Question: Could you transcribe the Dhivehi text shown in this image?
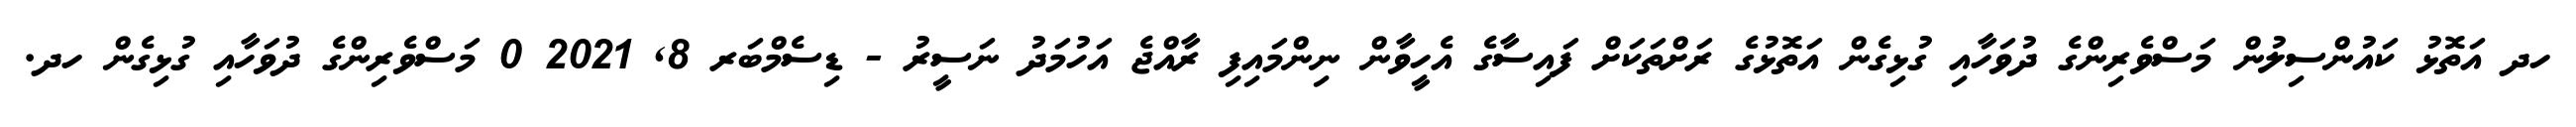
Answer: ހދ އަތޮޅު ކައުންސިލުން މަސްވެރިންގެ ދުވަހާއި ގުޅިގެން އަތޮޅުގެ ރަށްތަކަށް ފައިސާގެ އެހީވާން ނިންމައިފި ރާއްޖެ އަހުމަދު ނަސީރު - ޑިސެމްބަރ 8, 2021 0 މަސްވެރިންގެ ދުވަހާއި ގުޅިގެން ހދ.